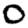
Digit: 0